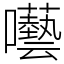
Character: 囈